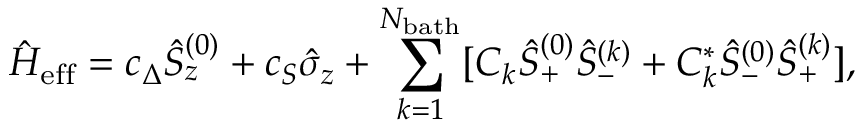
\hat { H } _ { \mathrm { e f f } } = c _ { \Delta } \hat { S } _ { z } ^ { ( 0 ) } + c _ { S } \hat { \sigma } _ { z } + \sum _ { k = 1 } ^ { N _ { \mathrm { b a t h } } } [ C _ { k } \hat { S } _ { + } ^ { ( 0 ) } \hat { S } _ { - } ^ { ( k ) } + C _ { k } ^ { * } \hat { S } _ { - } ^ { ( 0 ) } \hat { S } _ { + } ^ { ( k ) } ] ,